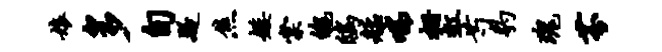
娘多旬疑焦矮棠魄鸱艋喘栅虹芍豹瑰芬